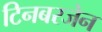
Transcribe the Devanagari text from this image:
टिनबरजेन